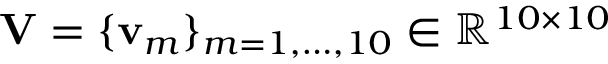
\mathbf { V } = \{ \mathbf { v } _ { m } \} _ { m = 1 , \ldots , 1 0 } \in \mathbb { R } ^ { 1 0 \times 1 0 }